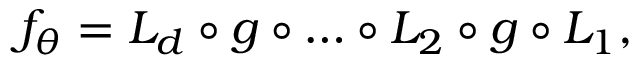
f _ { \theta } = L _ { d } \circ g \circ \ldots \circ L _ { 2 } \circ g \circ L _ { 1 } ,